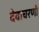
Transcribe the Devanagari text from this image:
देवाचरणी